Mental hospitals Bombay report 1921-28 - 1921-1928
Year: 1921
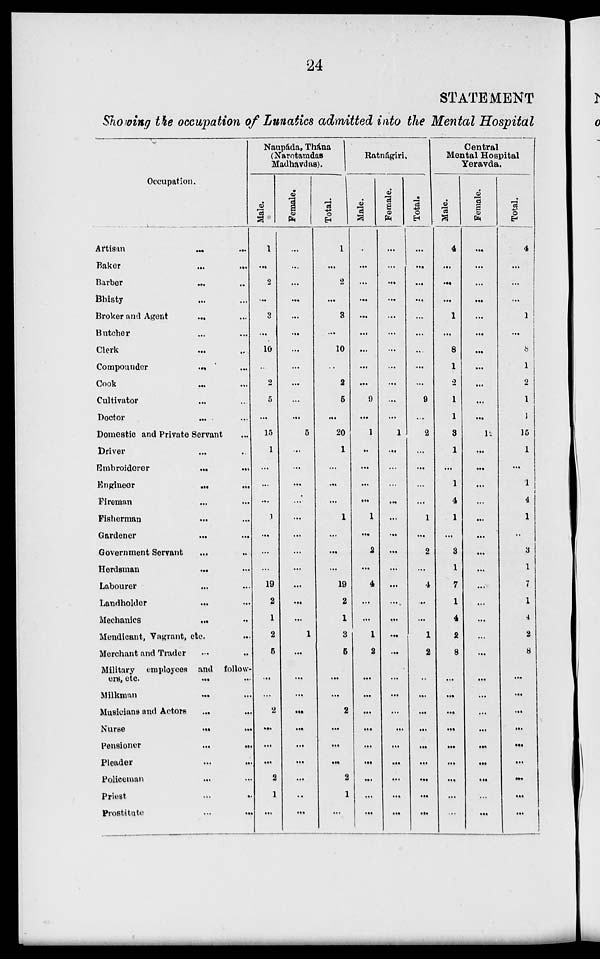
24
STATEMENT
Showing the occupation of Lunatics admitted into the Mental Hospital
Occupation.
Artisan
...
...
Baker
...
...
Barber
...
...
Bhisty ... ...
Broker and Agent ... ...
Butcher ... ...
Clerk
...
...
Compounder
...
...
Cook ... ...
Cultivator ... ...
Doctor ... ...
Domestic and Private Servant ...
Driver ... ...
Embroiderer
...
...
Engineer ... ...
Fireman ... ...
Fisherman ... ...
Gardener ... ...
Government Servant ... ...
Herdsman ... ...
Labourer ... ...
Landholder ... ...
Mechanics ... ...
Mendicant, Vagrant, etc. ...
Merchant and Trader ... ...
Military employees and follow-
ers,
etc.
...
...
Milkman ... ...
Musicians and Actors ... ...
Nurse
...
...
Pensioner
...
...
Pleader ... ...
Policeman ... ...
Priest
...
...
Prostitute
...
...
Naupáda, Thána
(Narotamdas
Madhavdas).
Male.
1
...
2
...
3
...
10
...
2
5
...
15
1
...
...
...
1
...
...
...
19
2
1
2
5
...
...
2
...
...
...
2
1
...
Female.
...
...
...
...
...
...
...
...
...
...
...
5
...
...
...
...
...
...
...
...
...
...
...
1
...
...
...
...
...
...
...
...
...
...
Total.
1
...
2
...
3
...
10
...
2
5
...
20
1
...
...
...
1
...
...
...
19
2
1
3
5
...
...
2
...
...
...
2
1
...
Ratnágiri.
Male.
...
...
...
...
...
...
...
...
...
9
...
1
...
...
...
...
1
...
2
...
4
...
...
1
2
...
...
...
...
...
...
...
...
...
Female.
...
...
...
...
...
...
...
...
...
...
...
1
...
...
...
...
...
...
...
...
...
...
...
...
...
...
...
...
...
...
...
...
...
...
Total.
...
...
...
...
...
...
...
...
...
9
...
2
...
...
...
...
1
...
2
...
4
...
...
1
2
...
...
...
...
...
...
...
...
...
Central
Mental Hospital
Yeravda.
Male.
4
...
...
...
1
...
8
1
2
1
1
3
1
...
1
4
1
...
3
1
7
1
4
2
8
...
...
...
...
...
...
...
...
...
Female.
...
...
...
...
...
...
...
...
...
...
...
12
...
...
...
...
...
...
...
...
...
...
...
...
...
...
...
...
...
...
...
...
...
...
Total.
4
...
...
...
1
...
8
1
2
1
1
15
1
...
1
4
1
...
3
1
7
1
4
2
8
...
...
...
...
...
...
...
...
...